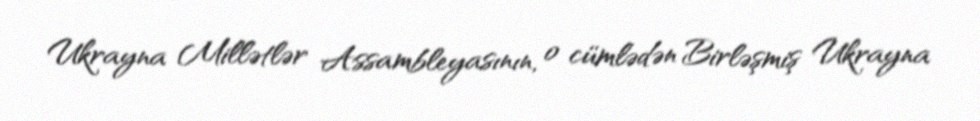
Ukrayna Millətlər Assambleyasının, o cümlədən Birləşmiş Ukrayna